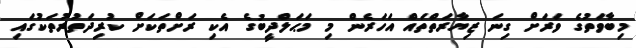
މިބާވަތުގެ ވަރަށް ގިނަ ޒިޔާރަތްތައް އަހަރެން މި މަޙަލްދީބުގެ އެކި ރަށްތަކަށް ކުރިދަތުރުތަކުގައި